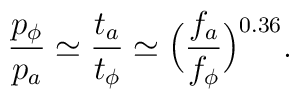
\frac{p_\phi}{p_a}\simeq\frac{t_a}{t_\phi}\simeq\Big(\frac{f_a}{f_\phi}\Big)^{0.36}.